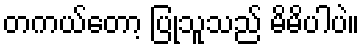
တကယ်တော့ ပြုသူသည် မိမိပါပဲ။